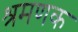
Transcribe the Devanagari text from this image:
श्रमणक